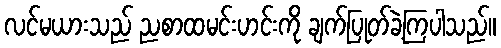
လင်မယားသည် ညစာထမင်းဟင်းကို ချက်ပြုတ်ခဲ့ကြပါသည်။